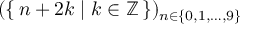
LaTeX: ( \{ \, n + 2 k \mid k \in \mathbb { Z } \, \} ) _ { n \in \{ 0 , 1 , \ldots , 9 \} }